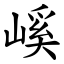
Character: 嵠